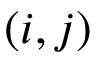
( i , j )